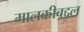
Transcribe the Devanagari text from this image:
मालकीबद्दल